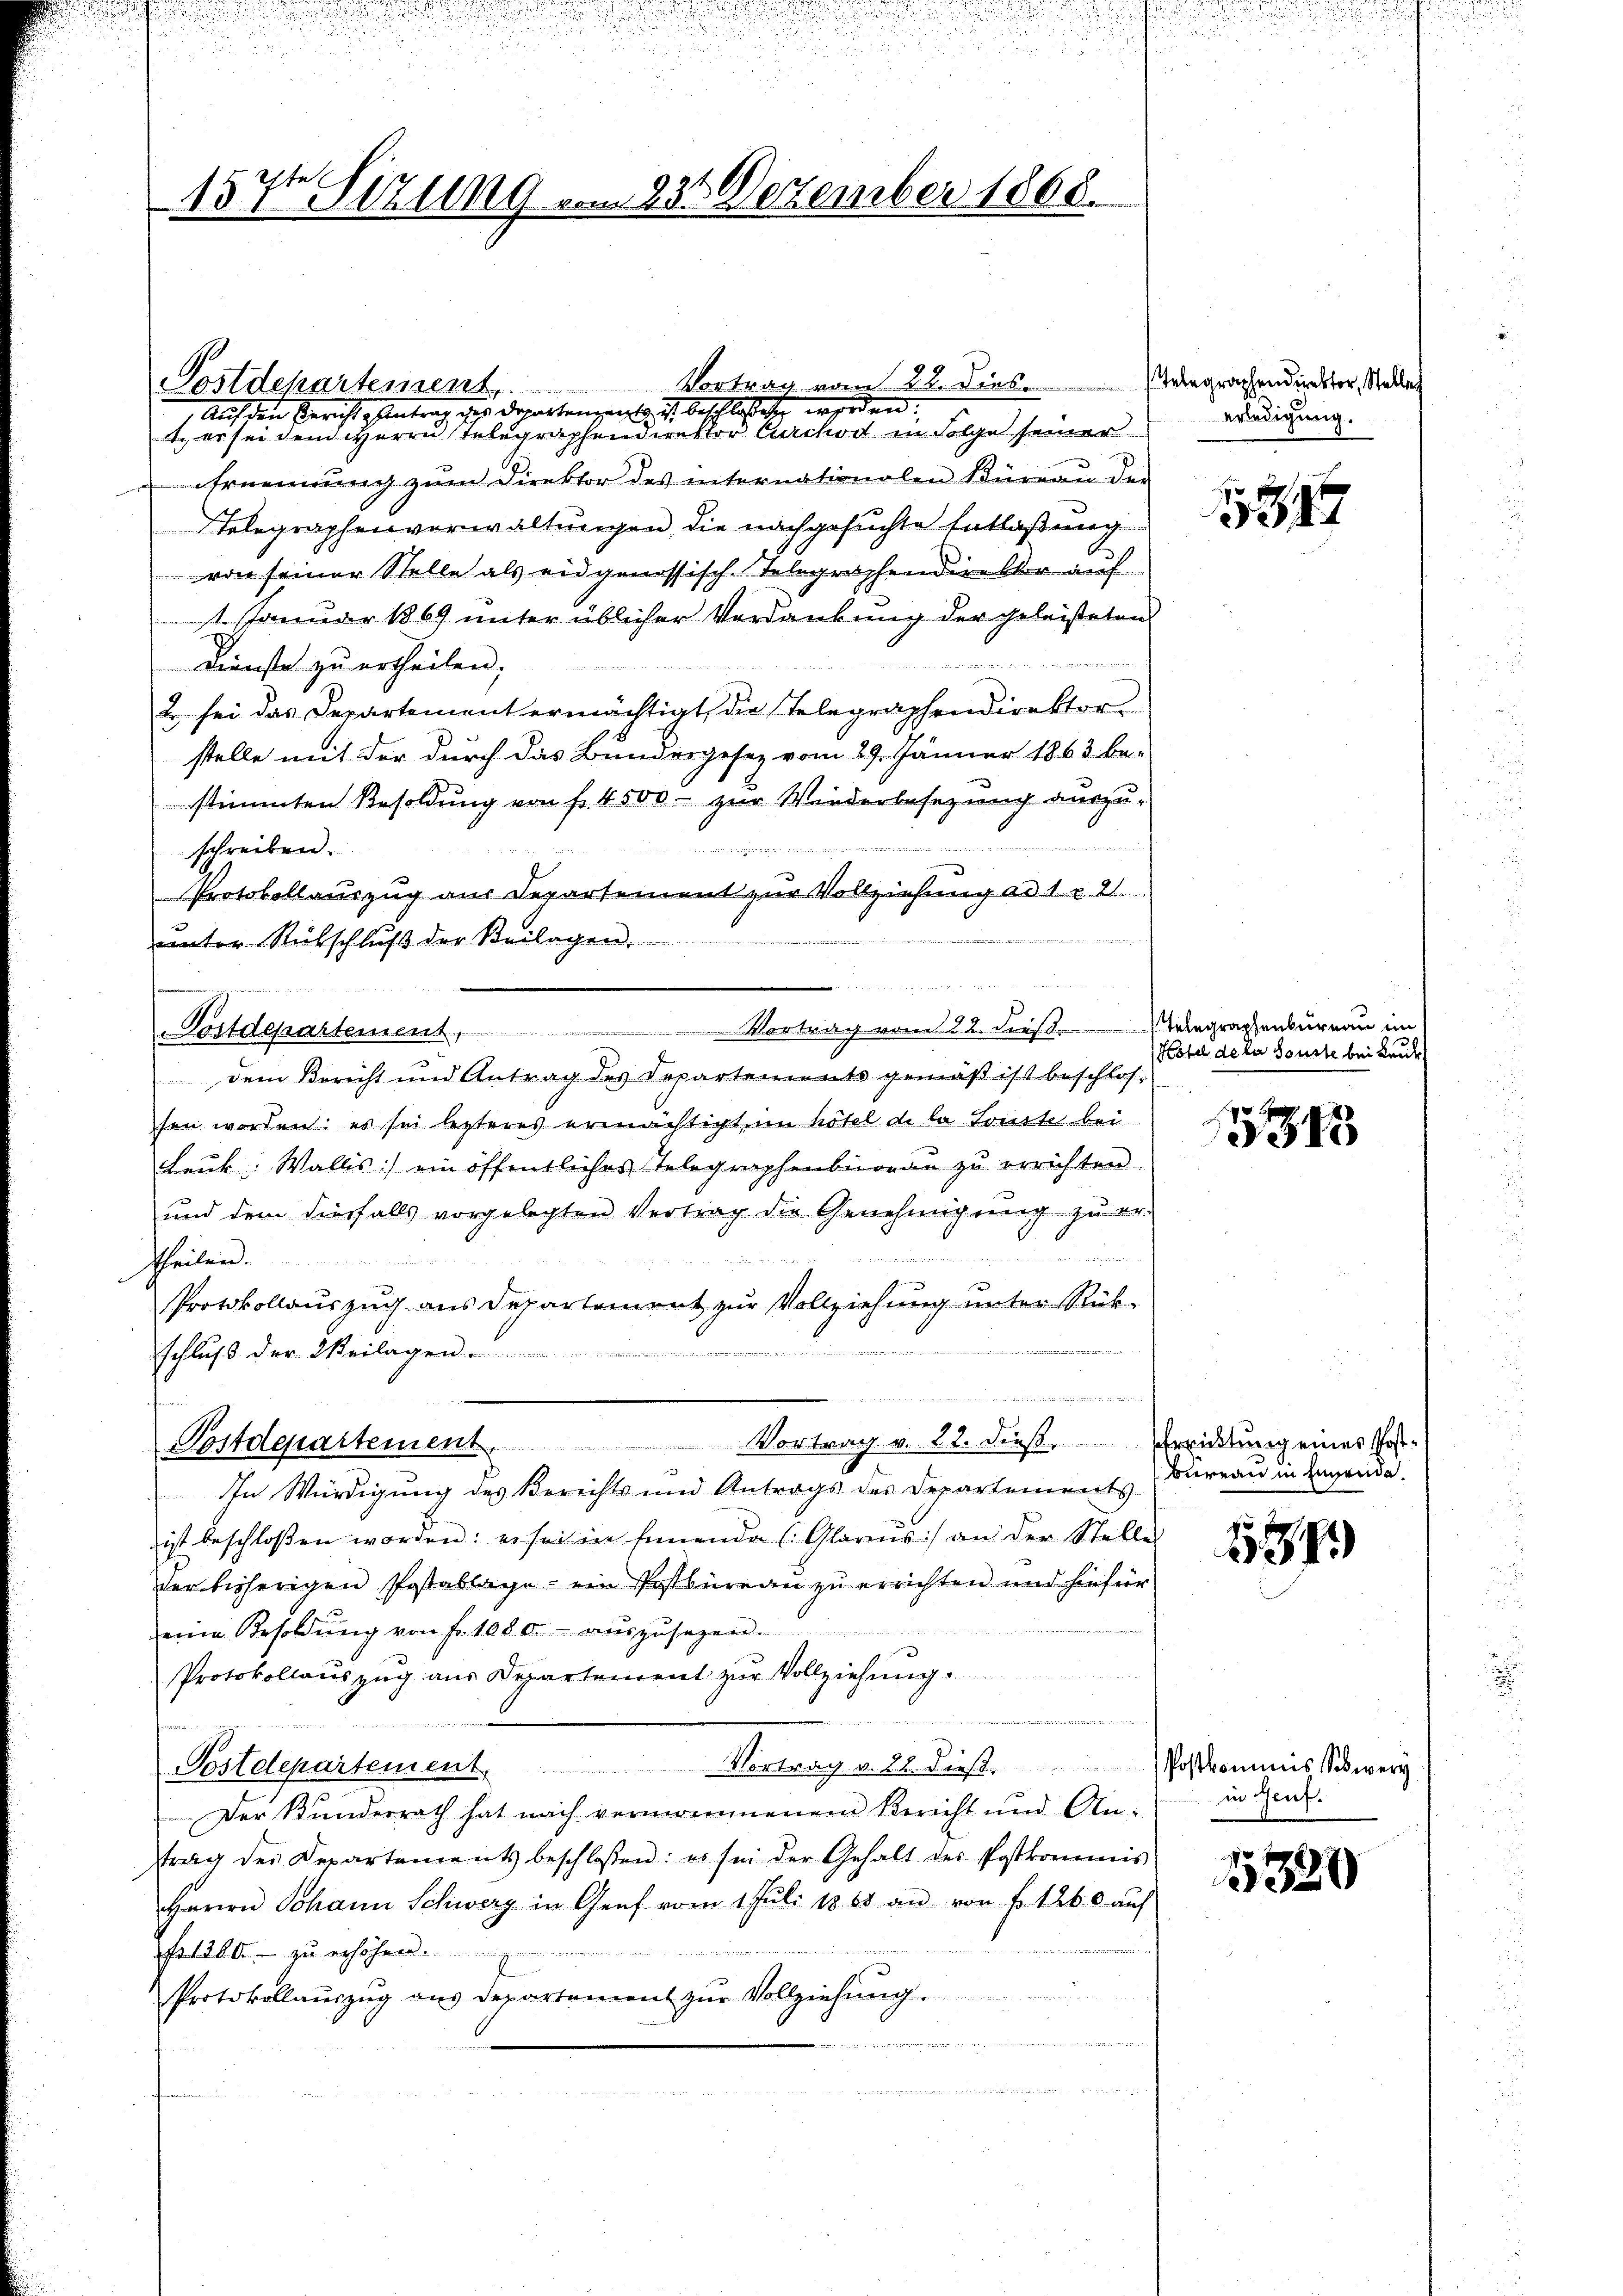
157 Sizung vom 23. Dezember 1868.

Sostdepartement. Vortrag vom 22. dies
Auf den Gericht eintrag der Departenzeigte ich beschlossen werden.
., er sei den HHerrn Telegraphendirektor Curchod in Folge seiner
Ernennung zŭm Direktor des internationalen Büreau der
Telegraphenverwaltungen die nachgesuchte Entlaßung
voir seiner Stelle als eidgenössische Telegraphendirektor auf
t. Januar 1869 unter üblicher Verdankung der geleisteten
6
Dienste zu ertheilen.
8
2 sei das Departement ermächtigt, die Telegraphendirektor
stelle mit der durch das Bundesgesez vom 29. Jänner 1863 be-
stimmten Besoldung von fr. 4500. zur Wiederbesezung auszu-
2

schreiben.
Protokollauszug aus Departement zur Vollziehung ad 1. r. 2
ŭnter Rütschlŭβ der Beilagen.
Postdepartement,
dem Bericht und Antrag des Departements gemäβ ist beschlos
sen worden; es sei lezteres ermächtigt, im hötel de la Sonste bei
Leuk: Wallis) ein öffentliches Telegraphenbüreau zu errichten.
und dem diesfalls vorgelegten Vertrag die Genehmigung zu erddend
Theilen.
Protokollauszug aus Departement zur Vollziehung unter Rücke
schluß der Weilagen.
¬
Vortrag v. 22. dieß. Errichtung eines Post-
Postdepartement
In Würdigung des Berichts und Antrags des Departements
ist beschloßen worden: es sei in Einende (Glarus) an der Stelle
ver bisherigen Postablage ein Postbüreau zu errichten und hiefür
seine Besoldŭng von Fr. 1080. auszusehen.
Protokollauszug aus Departement zur Vollziehung.
Postdepartement. Vortrag v. 22. dieß.
Der Bundesrath hat nach vernommenem Bericht und An-
trag der Departements beschlossen: es sei der Gehalt des Postkommis
Herrn Johann Schwerz in Genf vom 1 Juli 1863 an von fr. 1260 aŭf
Nr. 1200 zu erhöhen.
Protokollauszug aus Departament zŭr Vollziehung.
t
.

n
un
Vortrag vom 22 dies-Telegraphenbureau im

Telegraphendirektor, Stelle
erledigung.

349

Hotel de la Sonste bei Leute

1538

Bureau in Einsende.

1291)

Postkommnis Schwerz
in Genf.

15320